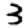
Digit: 3